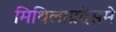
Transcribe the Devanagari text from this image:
मिथिलाप्रदेसमे